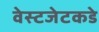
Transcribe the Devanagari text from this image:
वेस्टजेटकडे